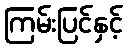
ကြမ်းပြင်နှင့်